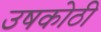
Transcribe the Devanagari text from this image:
उषकोठी